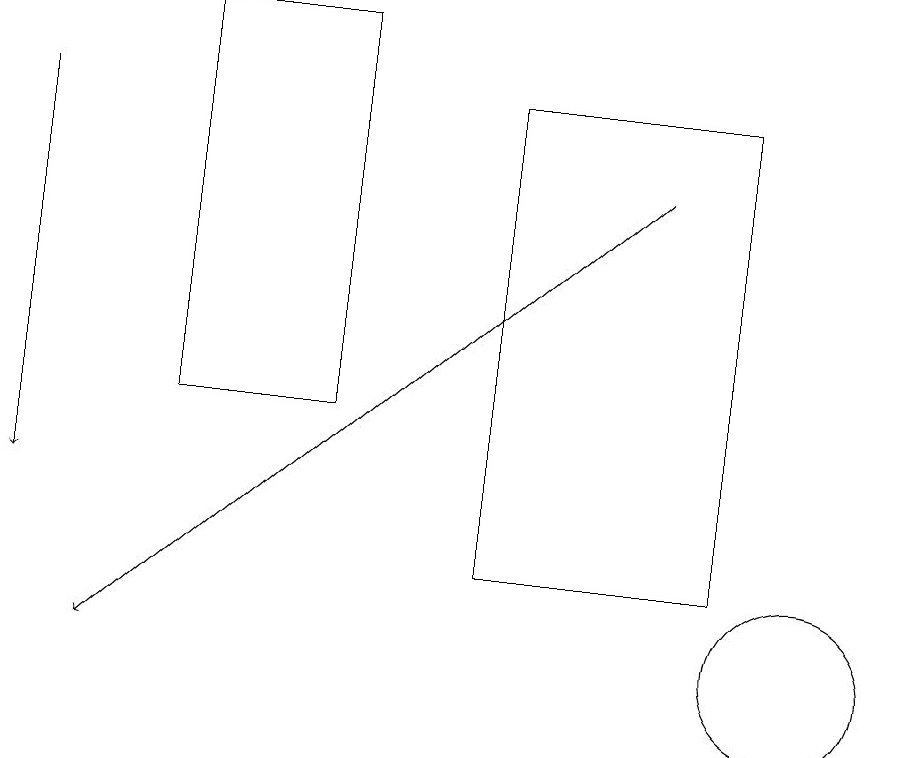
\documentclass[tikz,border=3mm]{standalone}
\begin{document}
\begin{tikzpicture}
\draw[->] (8,16) -- (1,10);
\draw (9,11) rectangle (6,17);
\draw[->] (0,17) -- (0,12);
\draw (10,10) circle (1);
\draw (4,13) rectangle (2,18);
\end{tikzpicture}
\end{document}